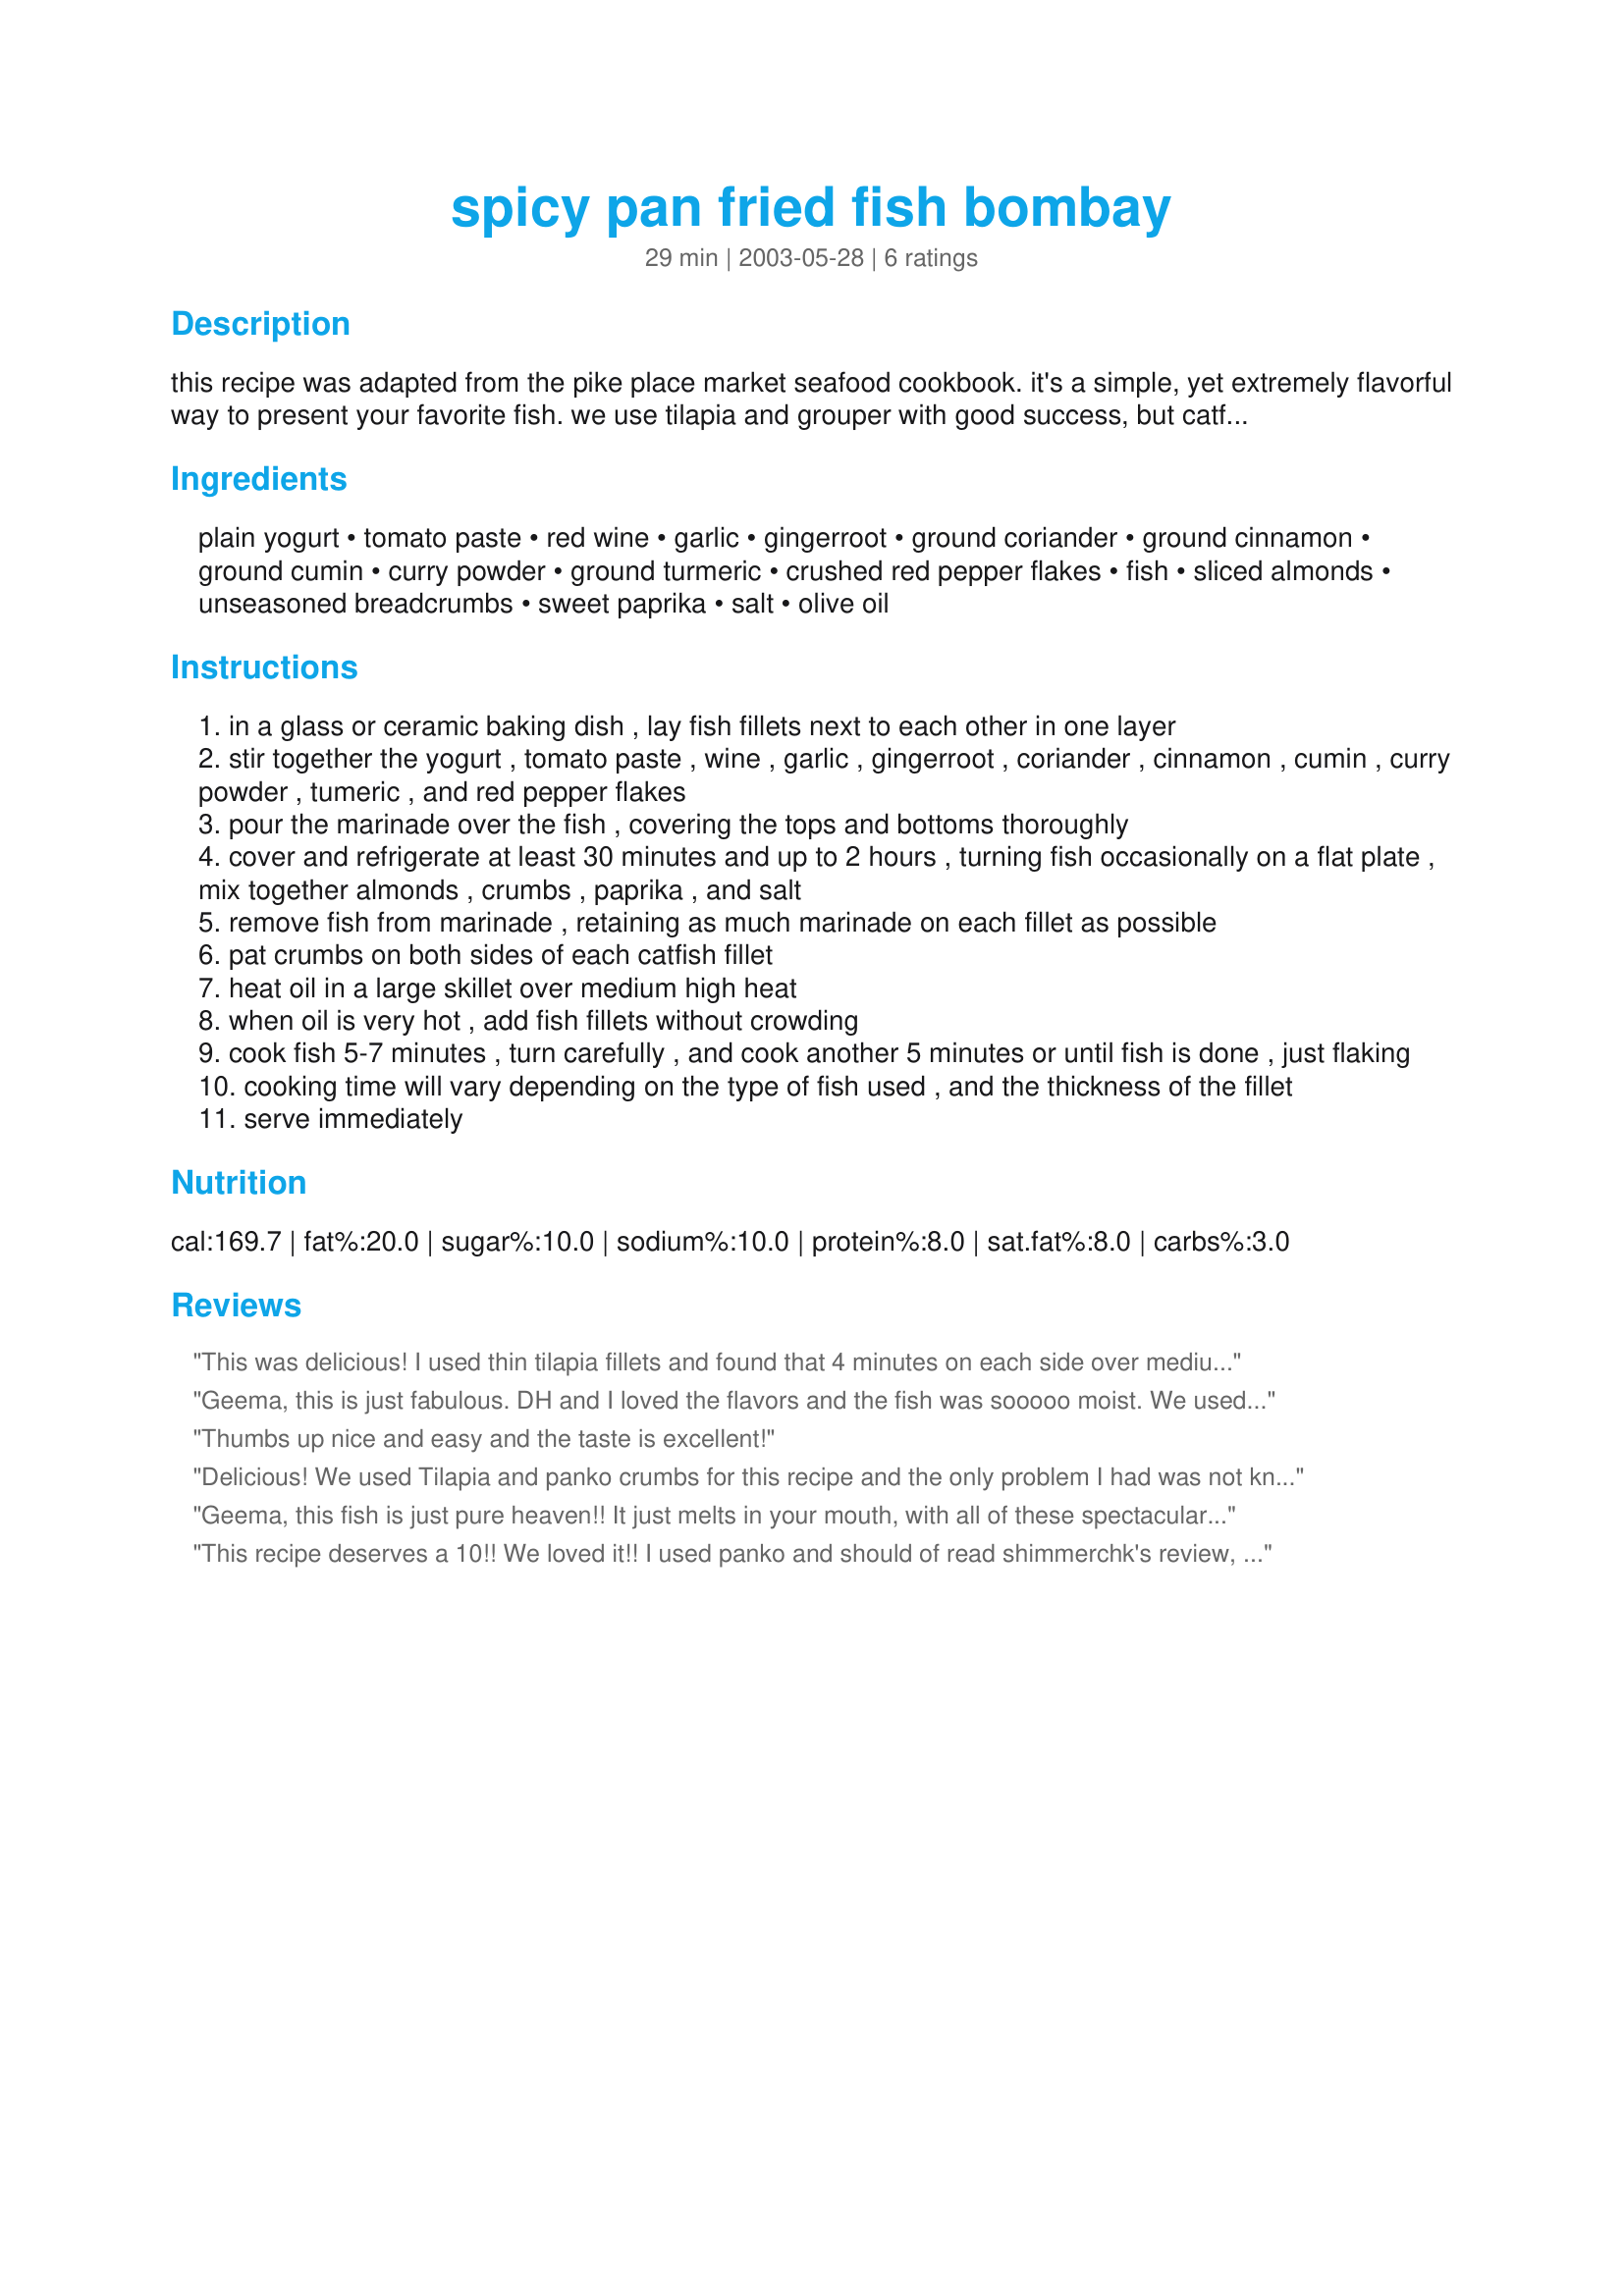
spicy pan fried fish bombay
Preparation time: 29 minutes

this recipe was adapted from the pike place market seafood cookbook. it's a simple, yet extremely flavorful way to present your favorite fish. we use tilapia and grouper with good success, but catfish works too.

Ingredients:
plain yogurt, tomato paste, red wine, garlic, gingerroot, ground coriander, ground cinnamon, ground cumin, curry powder, ground turmeric, crushed red pepper flakes, fish, sliced almonds, unseasoned breadcrumbs, sweet paprika, salt, olive oil

Steps:
in a glass or ceramic baking dish , lay fish fillets next to each other in one layer
stir together the yogurt , tomato paste , wine , garlic , gingerroot , coriander , cinnamon , cumin , curry powder , tumeric , and red pepper flakes
pour the marinade over the fish , covering the tops and bottoms thoroughly
cover and refrigerate at least 30 minutes and up to 2 hours , turning fish occasionally on a flat plate , mix together almonds , crumbs , paprika , and salt
remove fish from marinade , retaining as much marinade on each fillet as possible
pat crumbs on both sides of each catfish fillet
heat oil in a large skillet over medium high heat
when oil is very hot , add fish fillets without crowding
cook fish 5-7 minutes , turn carefully , and cook another 5 minutes or until fish is done , just flaking
cooking time will vary depending on the type of fish used , and the thickness of the fillet
serve immediately

Reviews:
This was delicious! I used thin tilapia fillets and found that 4 minutes on each side over medium heat was perfect. I also substituted sour cream for the yogurt and used fine italian style bread crumbs. We'll be having this again and again!
Geema, this is just fabulous. DH and I loved the flavors and the fish was sooooo moist. We used trevally fillets - not sure if you get these in the US. We will make this again and again. Thank you for posting. As L4C says.....FISH HEAVEN!!!
Thumbs up nice and easy and the taste is excellent!
Delicious! We used Tilapia and panko crumbs for this recipe and the only problem I had was not knowing that panko has a low heat tolerance and I had gotten the pan too hot for the first side. Even though it got a little too brown, we were still quite please with the crispy and nicely spiced filets that we gobbled down this evening. I only wish I marinated this longer than 30 minutes. I love the slight curry flavor and, well, anything with this particular combination of spices was something I knew I would love. My dh wasn't wild about it, but he isn't a big fish lover so I'm giving it 5 stars anyway!
Geema, this fish is just pure heaven!! It just melts in your mouth, with all of these spectacular flavors filling your taste buds!! WOWOWOWOWOWOW!!! The different spices..and the bread crumbs and almonds coating the fish...wow... just spectacular! You almost cant help but scarf it down ..it tastes so good...yet you want to savor every bite...so you dont run out!!! :-) hahaha.... I cut the recipe in half and used two large tilapia fillets. I should have known better than to use the larger fillets......and should have cut them in half before cooking, but I didnt lol.. they turned out beautifully :-) just a little difficult for me to get out of the pan..but that was just a mistake on my part. This fish is magnificent... my bf thought it was amazing as well.. he ate it so fast because it was so good..and wanted more! lol :-) thanks so much geema!!! The only change I had to make was substituting cayenne pepper for the red pepper flakes..because I ran out and forgot to buy more :-( I will be making this fish VERY VERY OFTEN!!! :-)YUMMMMMMMMMMMMMMMY FISH HEAVEN!!!!!!!
This recipe deserves a 10!! We loved it!! I used panko and should of read shimmerchk's review, as mine got a little too brown on one side initially. Used chicken stock, no wine in the house, and thin halibut fillets. I also used Lebanese Keifir cheese instead of yogurt. The flavors melded so beautifully! The caloric value as well as fat content, is definitely within the range that we try to stay. I'm going to be making this over and over!! Thanks for posting.
